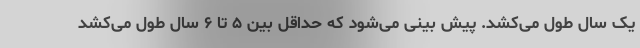
یک سال طول می‌کشد. پیش بینی می‌شود که حداقل بین ۵ تا ۶ سال طول می‌کشد